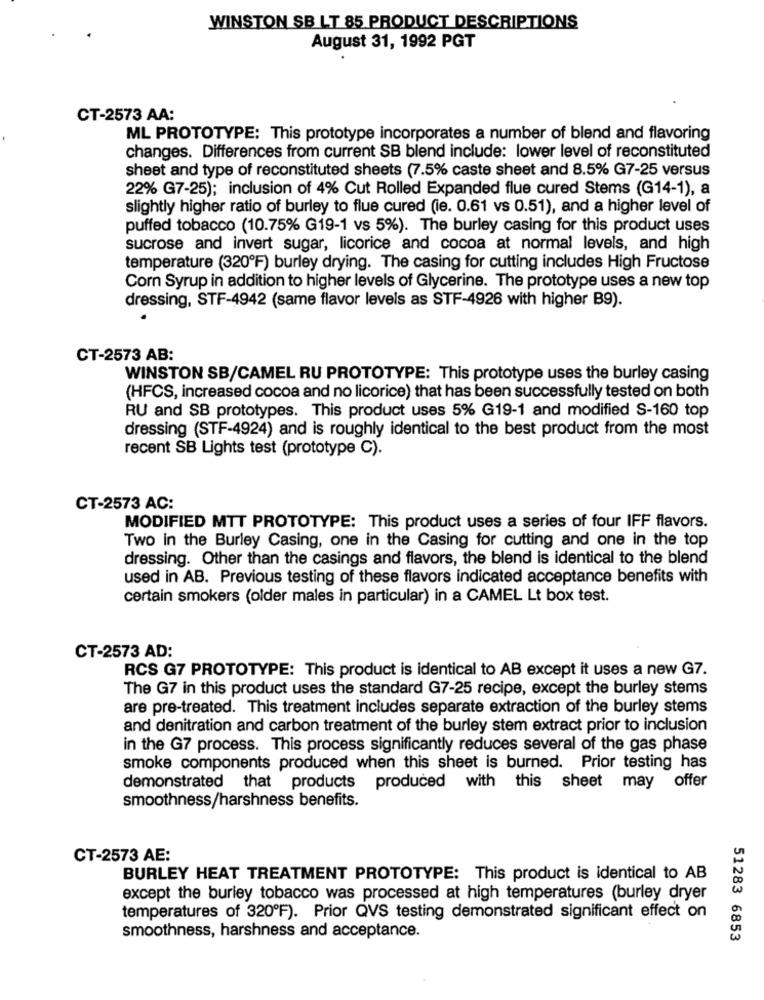
WINSTON SB LT 85 PRODUCT DESCRIPTIONS
August 31, 1992 PGT
CT-2573 AA:
ML PROTOTYPE: This prototype incorporates a number of blend and flavoring
changes. Differences from current SB blend include: lower level of reconstituted
sheet and type of reconstituted sheets (7.5% caste sheet and 8.5% G7-25 versus
22% G7-25); inclusion of 4% Cut Rolled Expanded flue cured Stems (G14-1), a
slightly higher ratio of burley to flue cured (ie. 0.61 vs 0.51), and a higher level of
puffed tobacco (10.75% G19-1 vs 5%). The burley casing for this product uses
sucrose and invert sugar, licorice and cocoa at normal levels, and high
temperature (320ºF) burley drying. The casing for cutting includes High Fructose
Corn Syrup in addition to higher levels of Glycerine. The prototype uses a new top
dressing, STF-4942 (same flavor levels as STF-4926 with higher B9).
CT-2573 AB:
WINSTON SB/CAMEL RU PROTOTYPE: This prototype uses the burley casing
(HFCS, increased cocoa and no licorice) that has been successfully tested on both
RU and SB prototypes. This product uses 5% G19-1 and modified S-160 top
dressing (STF-4924) and is roughly identical to the best product from the most
recent SB Lights test (prototype C).
CT-2573 AC:
MODIFIED MTT PROTOTYPE: This product uses a series of four IFF flavors.
Two in the Burley Casing, one in the Casing for cutting and one in the top
dressing. Other than the casings and flavors, the blend is identical to the blend
used in AB. Previous testing of these flavors indicated acceptance benefits with
certain smokers (older males in particular) in a CAMEL Lt box test.
CT-2573 AD:
RCS G7 PROTOTYPE: This product is identical to AB except it uses a new G7.
The G7 in this product uses the standard G7-25 recipe, except the burley stems
are pre-treated. This treatment includes separate extraction of the burley stems
and denitration and carbon treatment of the burley stem extract prior to inclusion
in the G7 process. This process significantly reduces several of the gas phase
smoke components produced when this sheet is burned. Prior testing has
demonstrated that products
produced with this sheet may offer
smoothness/harshness benefits.
CT-2573 AE:
BURLEY HEAT TREATMENT PROTOTYPE: This product is identical to AB
except the burley tobacco was processed at high temperatures (burley dryer
temperatures of 320ºF). Prior QVS testing demonstrated significant effect on
smoothness, harshness and acceptance.
51283 6853